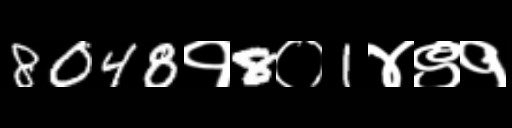
Text: 8048१8०1४९१